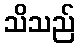
သိသည်